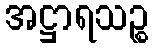
အဋ္ဌာရသဉ္စ